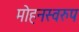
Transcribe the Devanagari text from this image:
मोहनस्वरुप